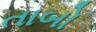
તાબો